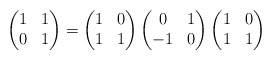
\begin{align*}\begin{pmatrix}1&1\\ 0&1\end{pmatrix}=\begin{pmatrix}1&0 \\ 1 & 1\end{pmatrix}\begin{pmatrix}0 & 1 \\ -1 & 0\end{pmatrix}\begin{pmatrix}1 & 0 \\ 1 & 1\end{pmatrix}\end{align*}